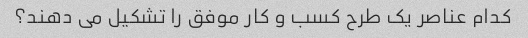
کدام عناصر یک طرح کسب و کار موفق را تشکیل می دهند؟